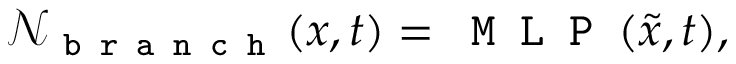
\mathcal { N } _ { \texttt { b r a n c h } } ( x , t ) = \texttt { M L P } ( \tilde { x } , t ) ,